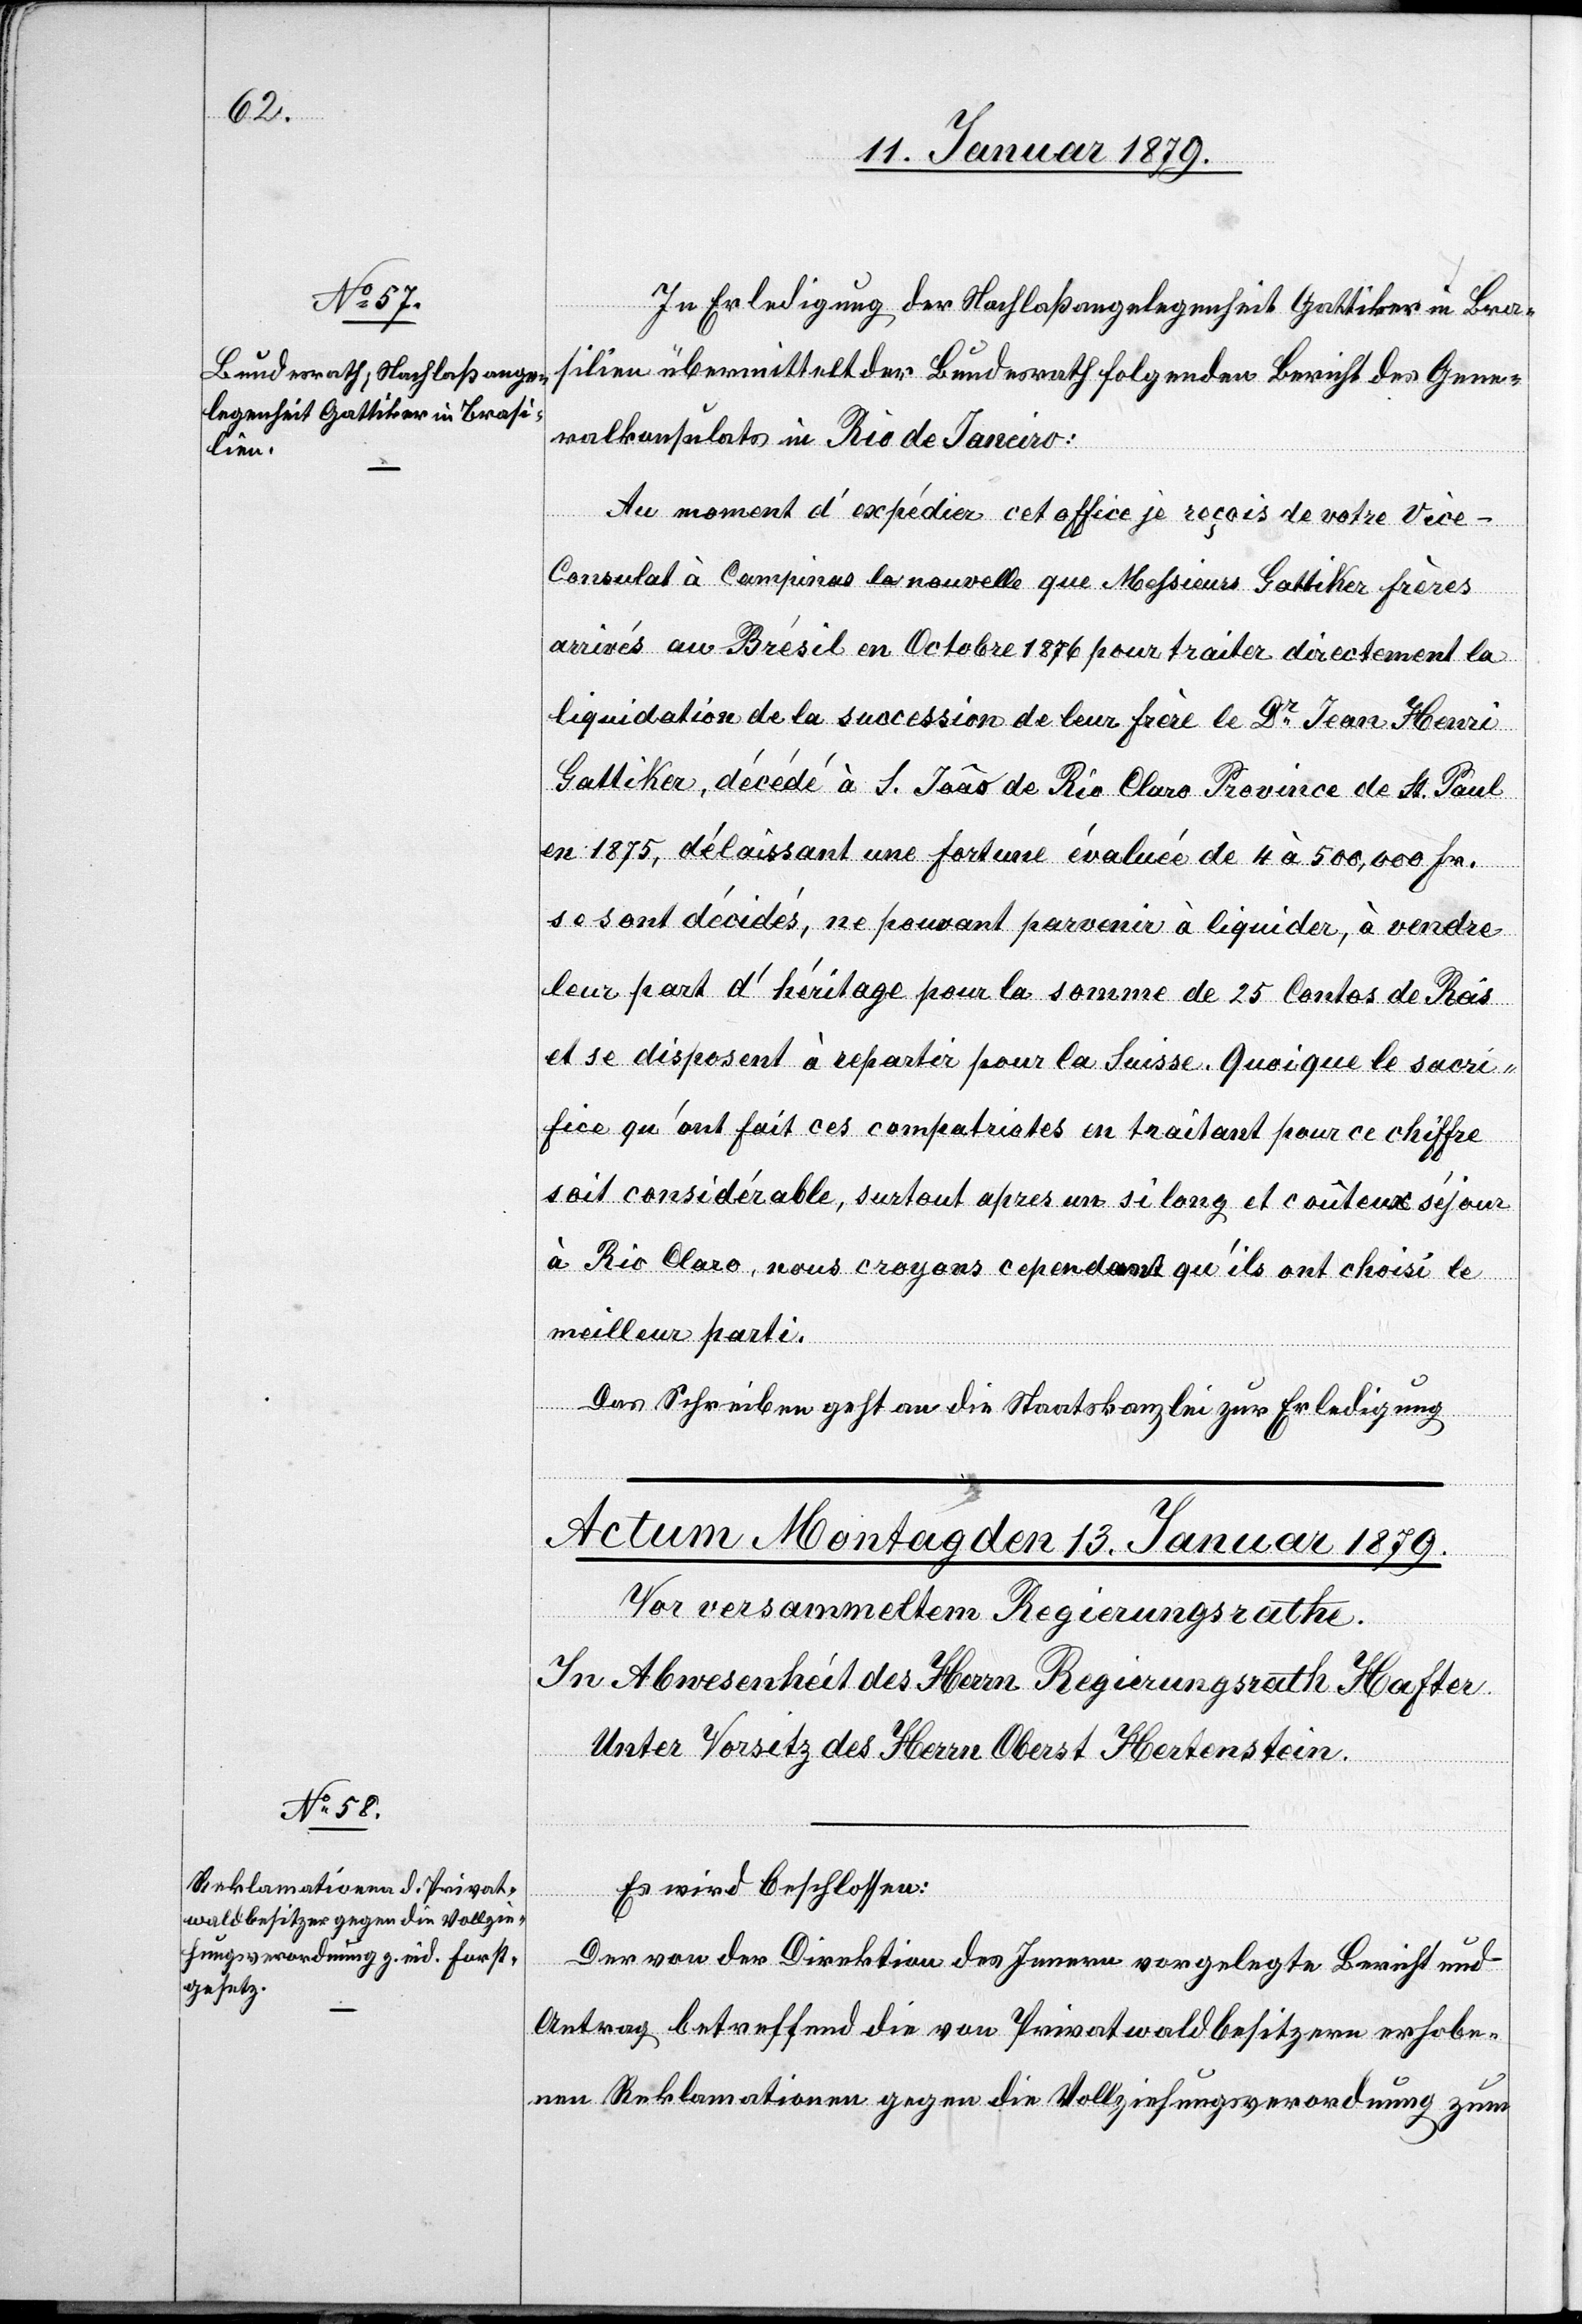
11. Januar 1879.]
In Erledigung der Nachlaßangelegenheit Gattiker in Bra¬
silien übermittelt der Bundesrath folgenden Bericht des Gene¬
ralkonsulats in Rio de Janeiro:
Au moment d’expédier cet office je reçois de votre Vic¬
e-Consulat à Campinas la nouvelle que Messieurs Gattiker frères
arrivés au Brésil en Octobre 1876 pour traiter directement la
liquidation de la succession de leur frère le Dr Jean Henri
Gattiker, décédé à S. João de Rio Claro Province de St. Paul
en 1875, délaissant une fortune évaluée de 4 à 500,000 Fr.
se sont décidés, ne pouvant parvenir à liquider, à vendre
leur part d’héritage pour la somme de 25 [?Contos de Ros]
et se disposent à repartir pour la Suisse. Quoique le sacri¬
fice qu’ont fait ces compatriotes en traitant pour ce chiffre
soit considérable, surtout apres un si long et coûteux séjour
à Rio Claro, nous croyons cependant qu’ils ont choisi le
meilleur parti.
Das Schreiben geht an die Staatskanzlei zur Erledigung.
Es wird beschlossen:
Der von der Direktion des Innern vorgelegte Bericht und
Antrag betreffend die von Privatwaldbesitzern erhobe¬
nen Reklamationen gegen die Vollziehungsverordnung zum